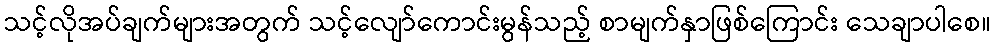
သင့်လိုအပ်ချက်များအတွက် သင့်လျော်ကောင်းမွန်သည့် စာမျက်နှာဖြစ်ကြောင်း သေချာပါစေ။